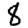
Digit: 8